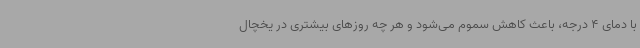
با دمای 4 درجه، باعث کاهش سموم می‌شود و هر چه روزهای بیشتری در یخچال